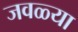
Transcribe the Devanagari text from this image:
जवळ्या